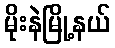
မိုးနဲမြို့နယ်